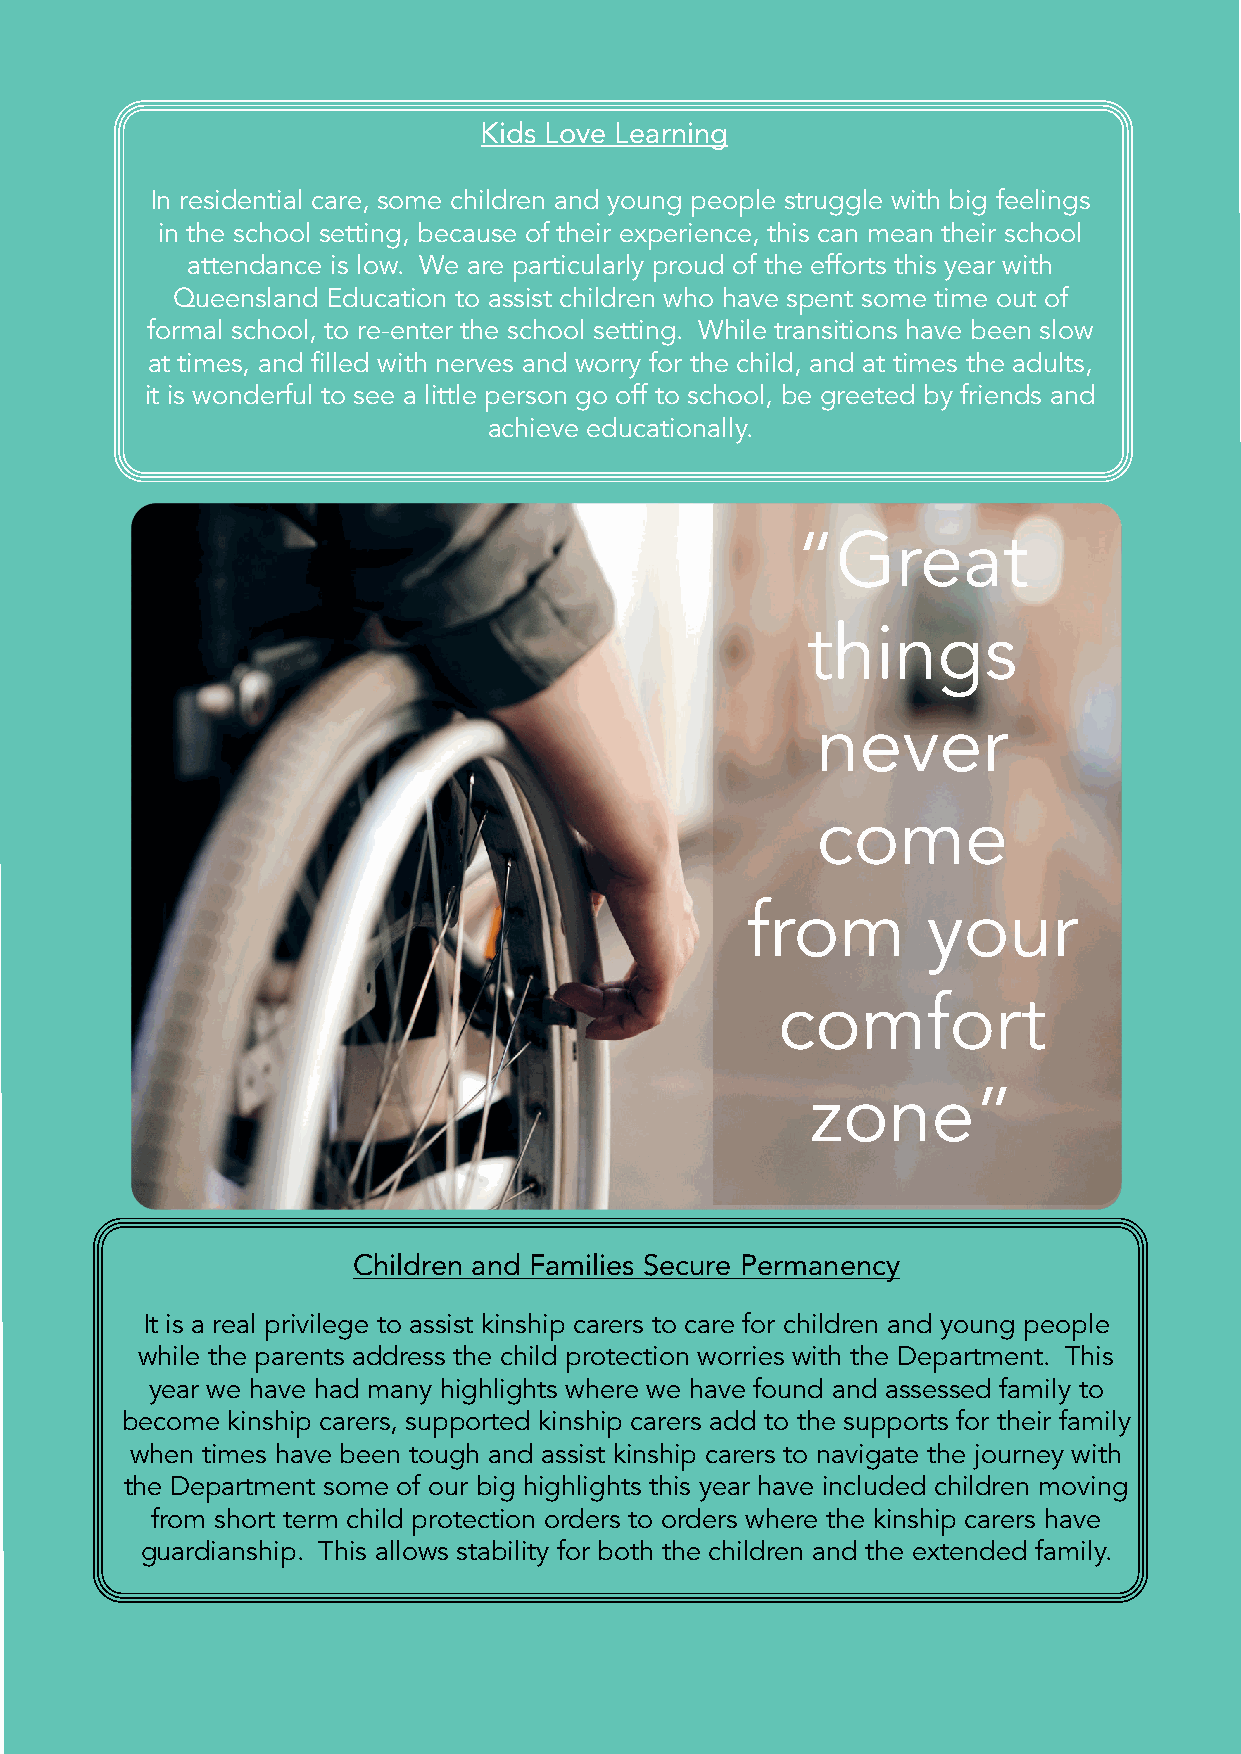
Kids Love Learning
 In residential care, some children and young people struggle with big feelings
 in the school setting, because of their experience, this can mean their school
 attendance is low� We are particularly proud of the efforts this year with
 Queensland Education to assist children who have spent some time out of
 formal school, to re-enter the school setting� While transitions have been slow
 at times, and filled with nerves and worry for the child, and at times the adults,
 it is wonderful to see a little person go off to school, be greeted by friends and
 achieve educationally�
 “Great
 things
 never
 come
 from        your
 comfort
 zone”
 Children and Families Secure Permanency
 It is a real privilege to assist kinship carers to care for children and young people
 while the parents address the child protection worries with the Department� This
 year we have had many highlights where we have found and assessed family to
 become kinship carers, supported kinship carers add to the supports for their family
 when times have been tough and assist kinship carers to navigate the journey with
 the Department some of our big highlights this year have included children moving
 from short term child protection orders to orders where the kinship carers have
 guardianship� This allows stability for both the children and the extended family�
 Page
 11